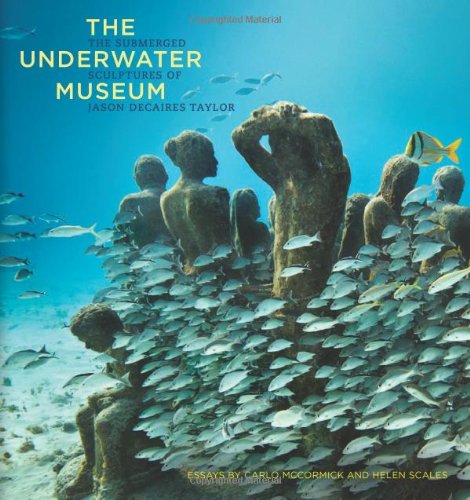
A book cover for The Underwater Museum: The Submerged Sculptures of Jason deCaires Taylor; Jason deCaires Taylor; Arts & Photography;